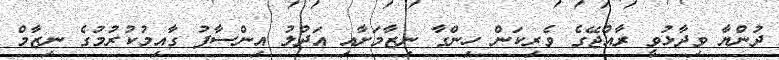
ދުންޔާ ވިދާޅުވީ ރާއްޖޭގެ ވެރިކަން ހިންގާ ނިޒާމަށާއި އަދުލު އިންސާފު ގާއިމުކުރުމުގެ ނިޒާމް